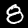
Label: 8